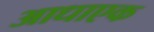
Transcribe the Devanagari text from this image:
आधाएक